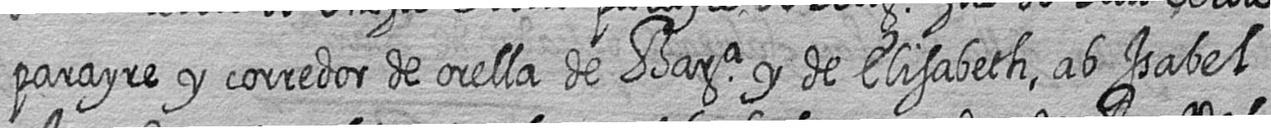
parayre y corredor de orella de Bara y de Elisabeth ab Isabel